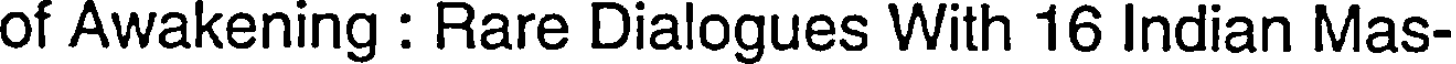
of Awakening : Rare Dialogues With 16 Indian Mas-